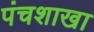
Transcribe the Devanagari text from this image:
पंचशाखा